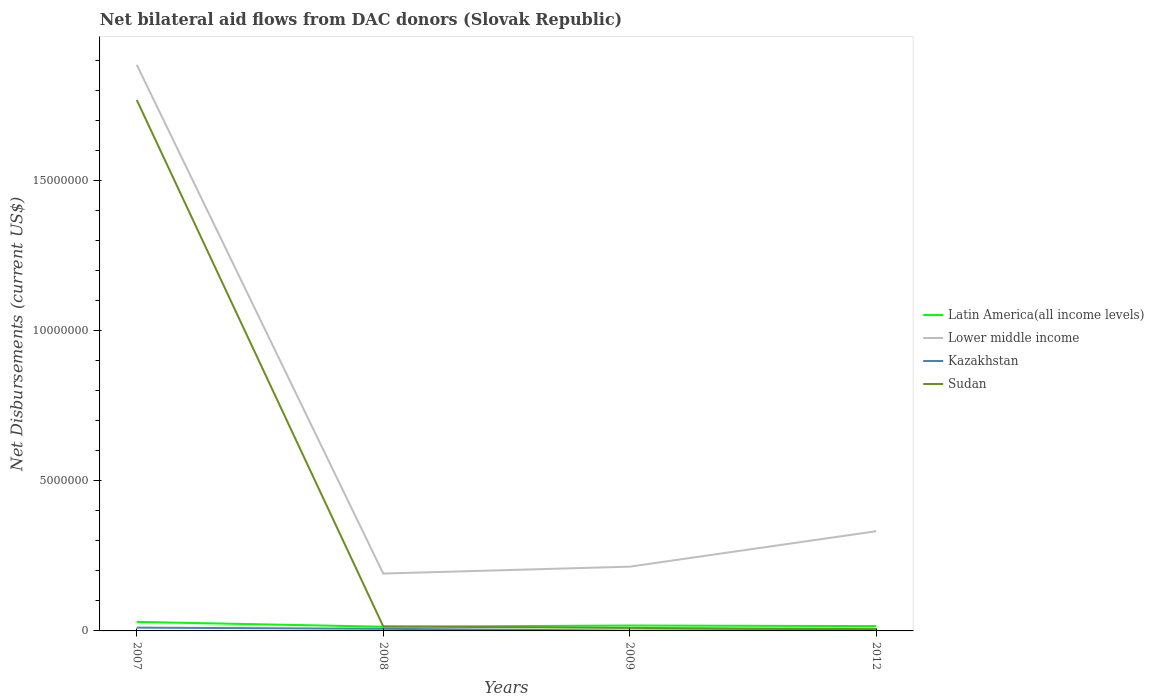
| Years | Latin America(all income levels) | Lower middle income | Kazakhstan | Sudan |
 | --- | --- | --- | --- | --- |
 | 2007 | 3e+05 | 1.88e+07 | 1.1e+05 | 1.77e+07 |
 | 2008 | 1.4e+05 | 1.91e+06 | 7e+04 | 1.5e+05 |
 | 2009 | 1.8e+05 | 2.14e+06 | 1e+04 | 1e+05 |
 | 2012 | 1.6e+05 | 3.32e+06 | 4e+04 | 6e+04 |